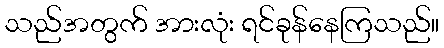
သည်အတွက် အားလုံး ရင်ခုန်နေကြသည်။